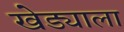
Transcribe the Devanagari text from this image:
खेड्याला